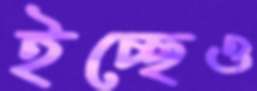
ইচ্ছেও